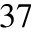
^ { 3 7 }